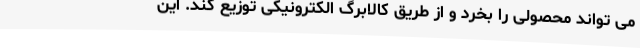
می تواند محصولی را بخرد و از طریق کالابرگ الکترونیکی توزیع کند. این